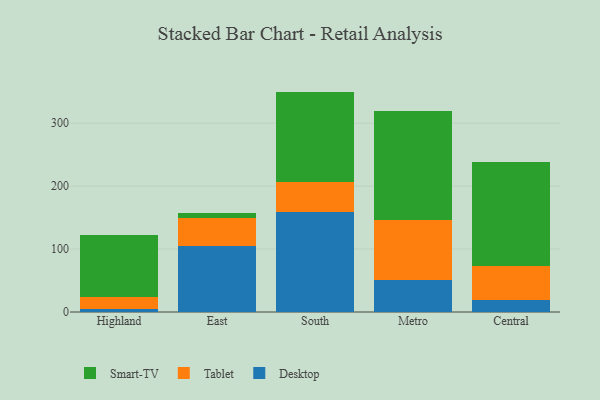
{"axis": {"x": "Region", "y": "Market Share (%)"}, "legend": ["Desktop", "Smart-TV", "Tablet"], "data": [{"x": "Highland", "y": 5.4, "type": "Desktop"}, {"x": "Highland", "y": 18.5, "type": "Tablet"}, {"x": "Highland", "y": 97.8, "type": "Smart-TV"}, {"x": "East", "y": 104.4, "type": "Desktop"}, {"x": "East", "y": 45.1, "type": "Tablet"}, {"x": "East", "y": 7.9, "type": "Smart-TV"}, {"x": "South", "y": 158.5, "type": "Desktop"}, {"x": "South", "y": 48.5, "type": "Tablet"}, {"x": "South", "y": 143.2, "type": "Smart-TV"}, {"x": "Metro", "y": 50.5, "type": "Desktop"}, {"x": "Metro", "y": 96.2, "type": "Tablet"}, {"x": "Metro", "y": 172.8, "type": "Smart-TV"}, {"x": "Central", "y": 18.6, "type": "Desktop"}, {"x": "Central", "y": 54.0, "type": "Tablet"}, {"x": "Central", "y": 165.5, "type": "Smart-TV"}]}